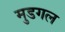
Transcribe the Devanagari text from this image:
मुडगल